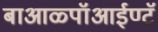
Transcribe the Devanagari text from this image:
बाआळ्पॉआईण्टॅ